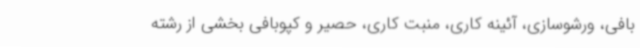
بافی، ورشوسازی، آئینه کاری، منبت کاری، حصیر و کپوبافی بخشی از رشته